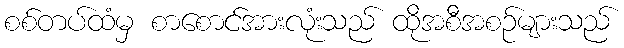
စစ်တပ်ထံမှ စာစောင်အားလုံးသည် ထိုအစီအစဉ်များသည်